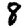
Digit: 8